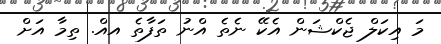
މަ އިކަލް ޖެކްޝަން އެކޭ ނެތެ އްނު ތަފާތެ އއް. ތިމާ އަށް